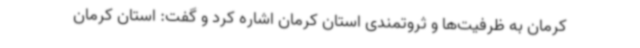
کرمان به ظرفیت‌ها و ثروتمندی استان کرمان اشاره کرد و گفت: استان کرمان